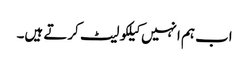
اب ہم انہیں کیلکولیٹ کرتے ہیں۔